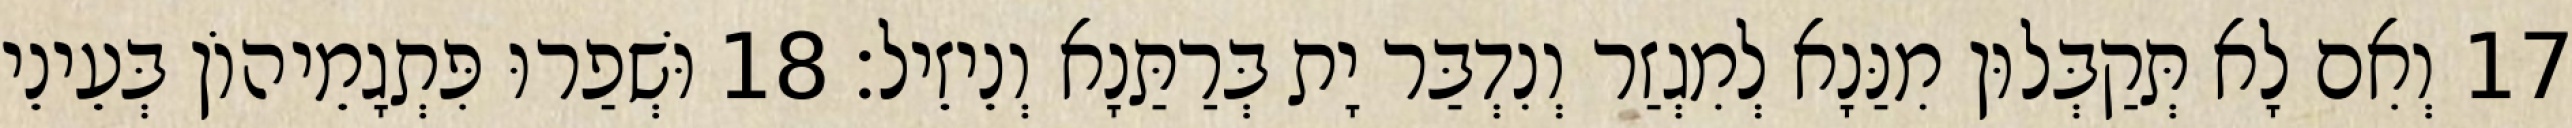
17 וְאִם לָא תְּקַבְּלוּן מִנַּנָא לְמִגְזַר וְנִדְבַּר יָת בְּרַתַּנָא וְנֵיזֵיל׃ 18 וּשְׁפַרוּ פִּתְגָמֵיהוֹן בְּעֵינֵי